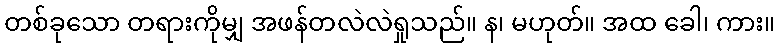
တစ်ခုသော တရားကိုမျှ အဖန်တလဲလဲရှုသည်။ န၊ မဟုတ်။ အထ ခေါ၊ ကား။